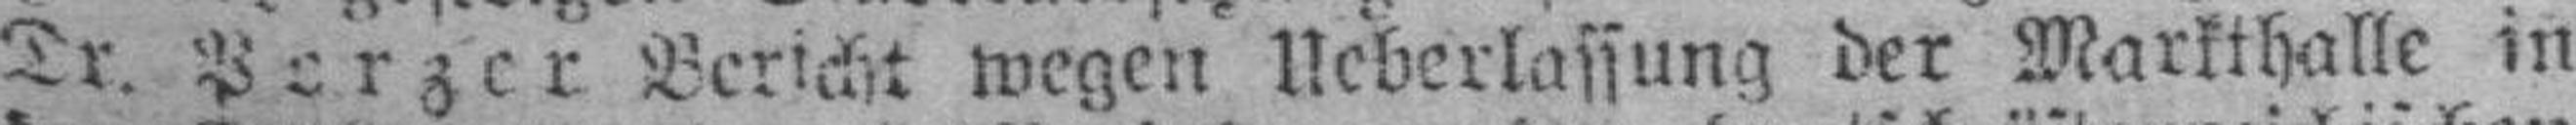
Dr. Porzer Bericht wegen Ueberlassung der Markthalle in